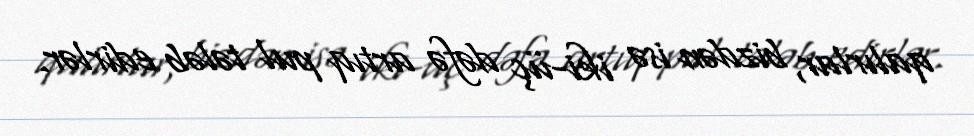
qalırlar, bizdən isə iki-üç dəfə artıq pul tələb edirlər.